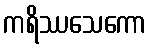
ကရိဿသေကော